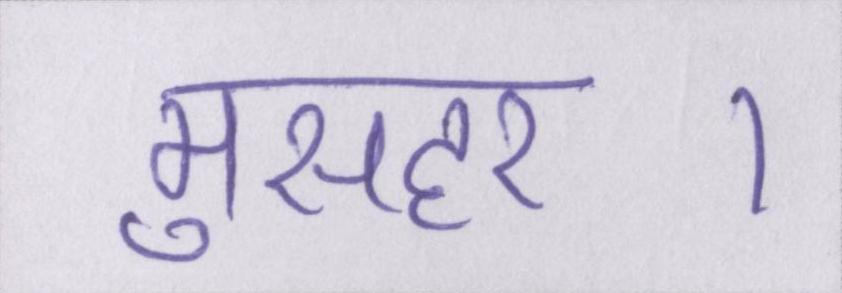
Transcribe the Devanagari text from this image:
मुसहर।